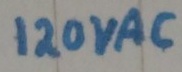
Text: 120VAC